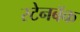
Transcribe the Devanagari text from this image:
स्टेनबॅक